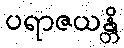
ပရာဇယန္တိ